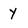
Character: Y